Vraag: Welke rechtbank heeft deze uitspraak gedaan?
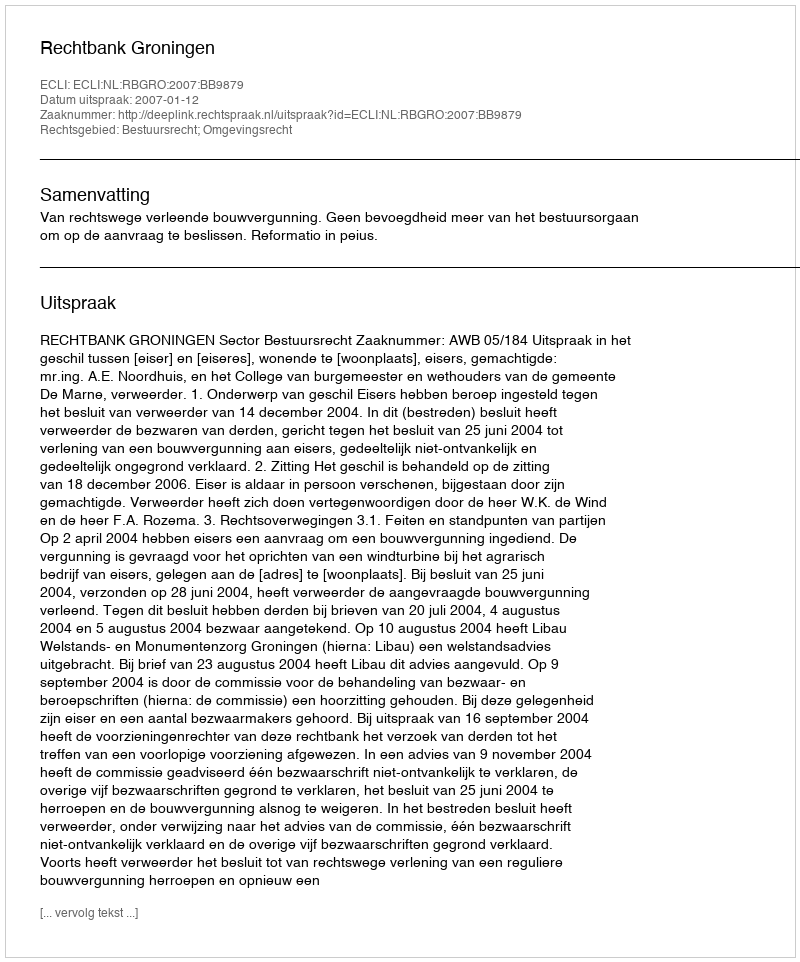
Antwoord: Rechtbank Groningen